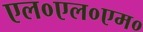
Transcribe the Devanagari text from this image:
एल०एल०एम०